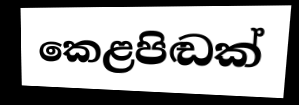
කෙළපිඬක්